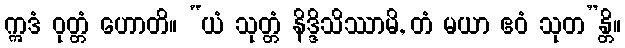
ဣဒံ ဝုတ္တံ ဟောတိ။ “ယံ သုတ္တံ နိဒ္ဒိသိဿာမိ, တံ မယာ ဧဝံ သုတ”န္တိ။